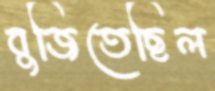
বুজিতেছিল